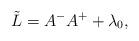
LaTeX: \begin{align*}\tilde L=A^-A^+ + \lambda_0,\end{align*}